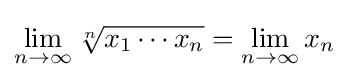
\lim _{n\to \infty }{\sqrt[{n}]{x_{1}\cdots x_{n}}}=\lim _{n\to \infty }x_{n}